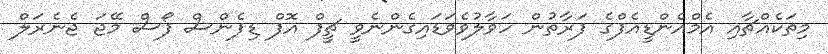
މިތަކެއްޗާއި އެމްއެންޑީއެފްގެ ފަރާތުން ހަވާލުވެވަޑައިގެންނެވީ ޗީފް އޮފް ޑިފެންސް ފޯސް މޭޖަ ޖެނެރަލް